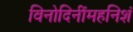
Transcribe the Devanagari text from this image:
विनोदिनींमहनिशं